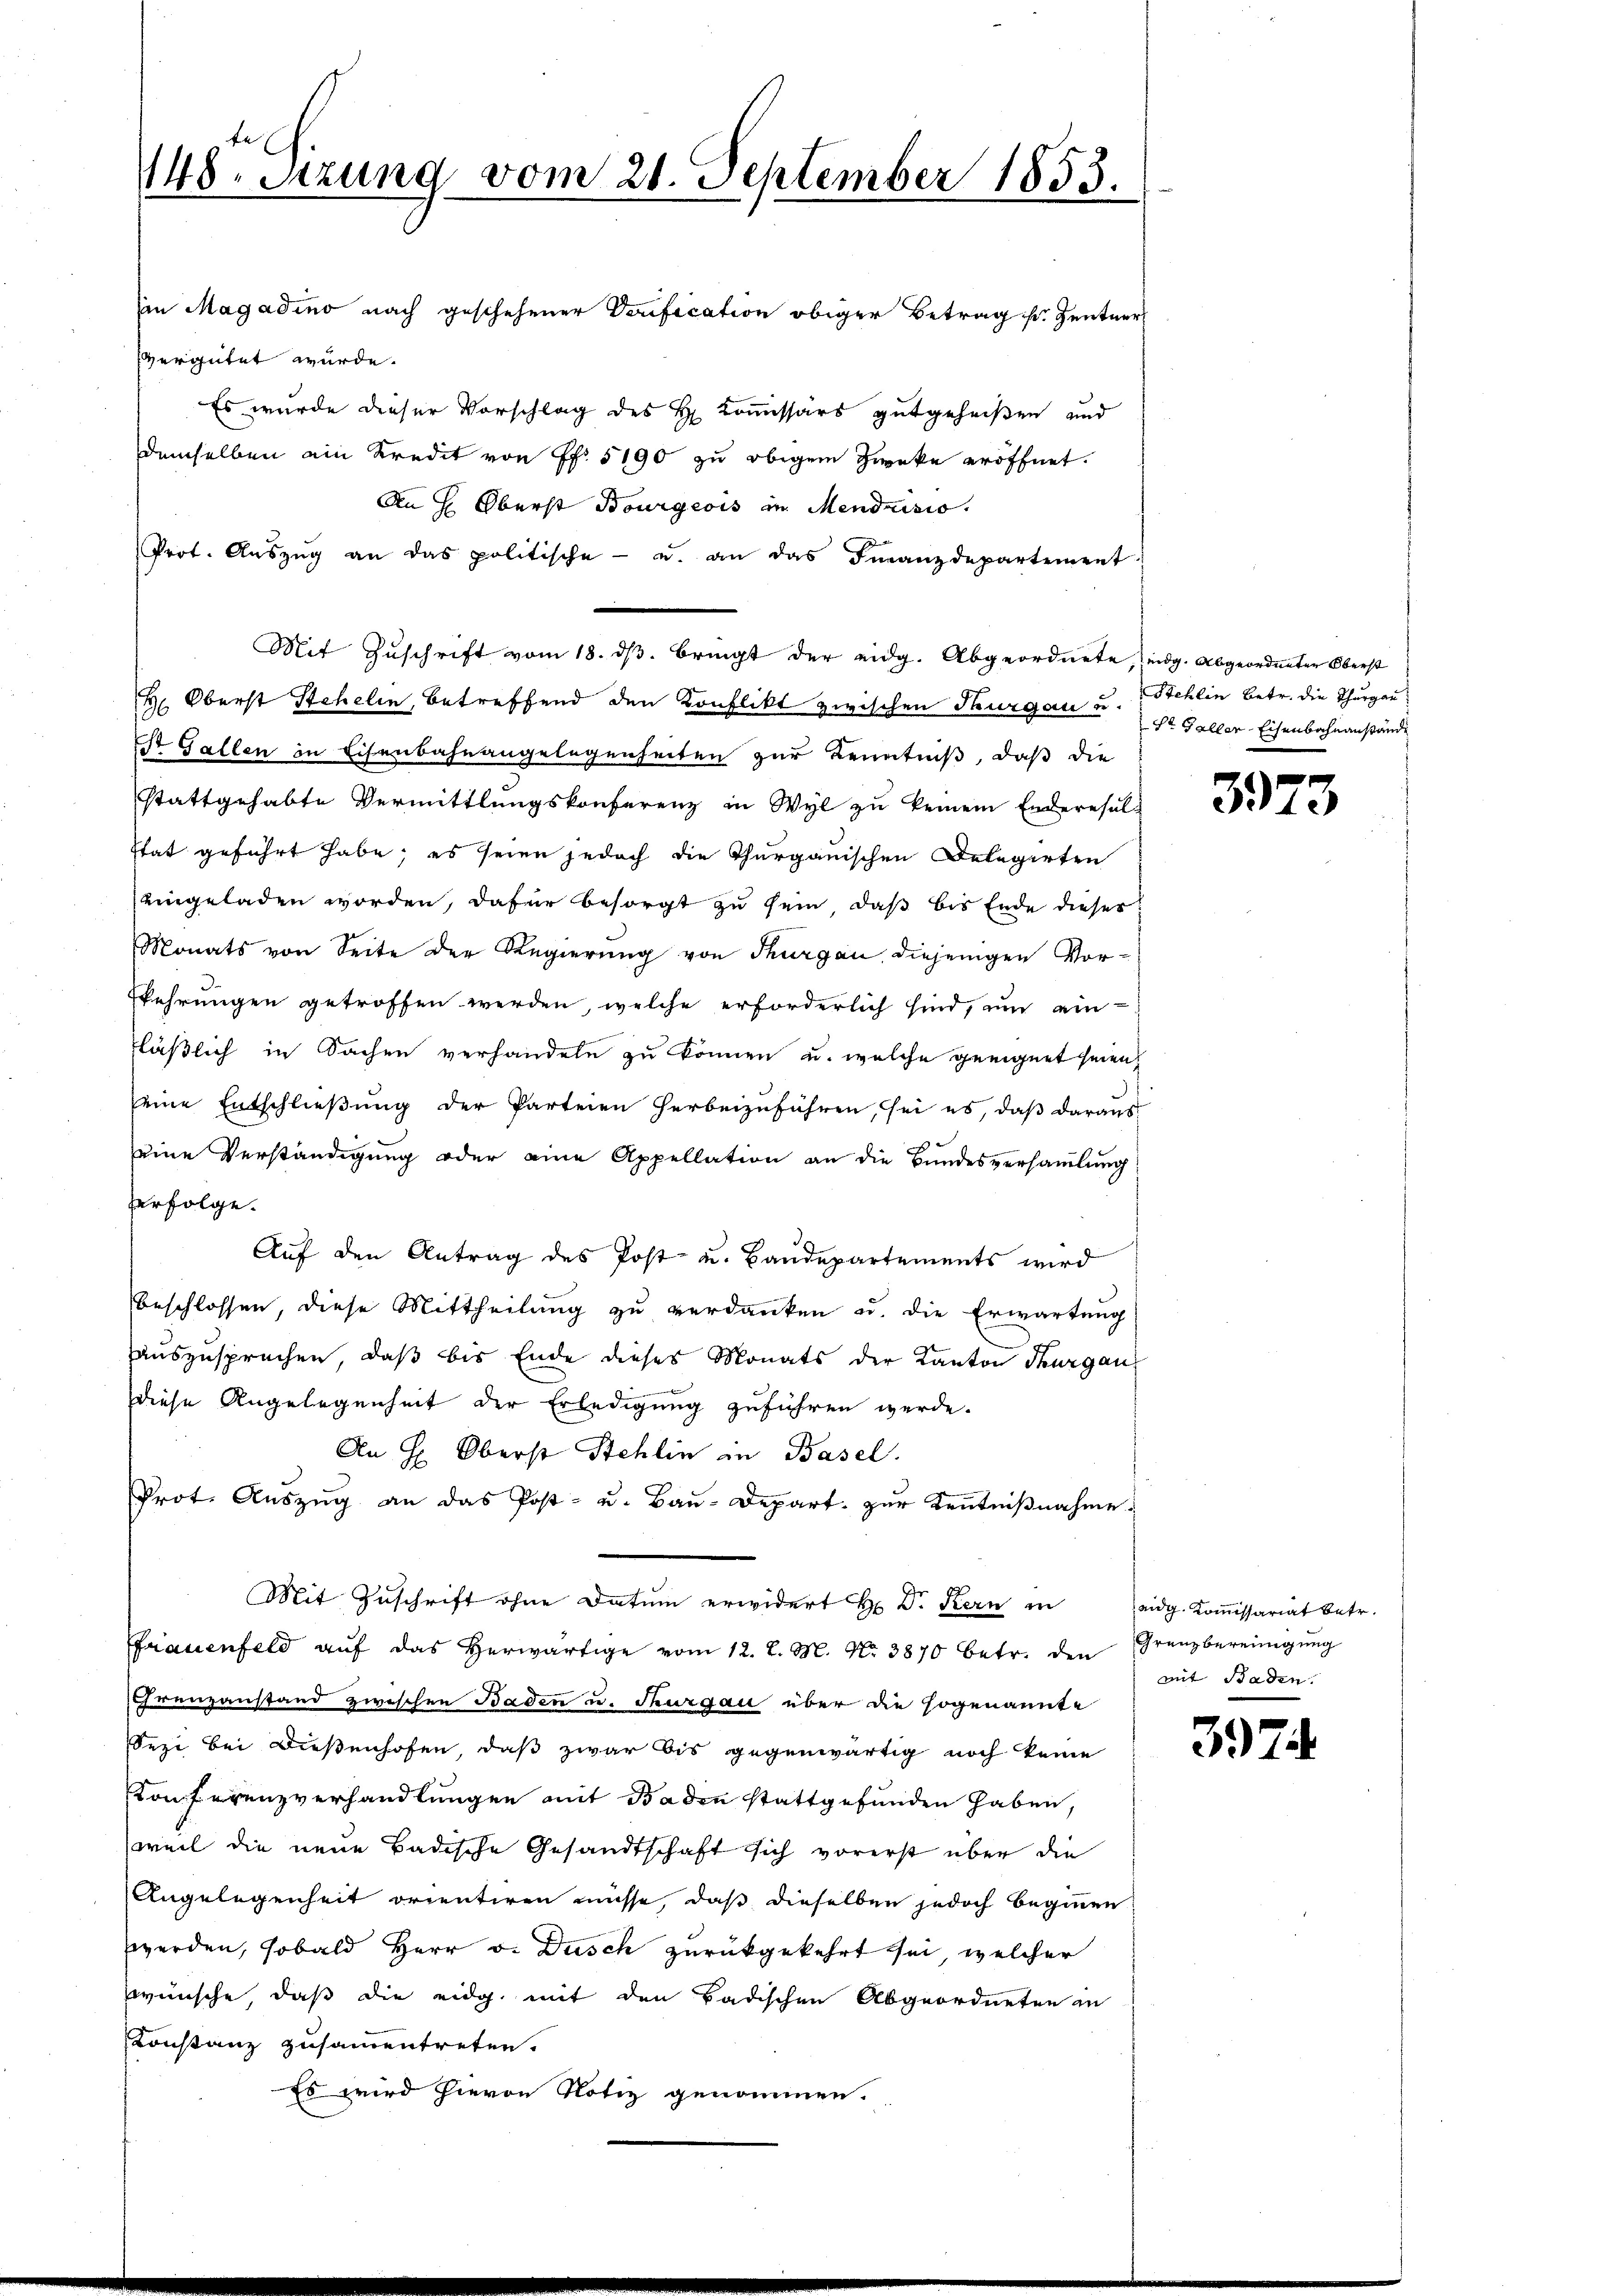
148. Sitzung vom 21. September 1853.

Ein Magadino nach geschehener Donification obiger Betrag sr. Zentner
vergütet würde.
Es wurde dieser Vorschlag des H. Commissärs gutgeheißen und
demselben ein Kredit von Pf. 5190 zu obigem Zwecke eröffnet.
An H. Oberst Bourgeois in Mendusio.
Prot. Aŭszŭg an das politische- u. an das Finanzdepartement
Mit Zuschrift vom 18. ds. bringt der eidg. Abgeordnete, eidg. Abgeordneten Oberst
H. Oberst Stehelin, betreffend den Konflikt zwischen Thurgau u. Stehlin betr. die Thurgau
St. Gallen in Eisenbahnangelegenheiten zur Kenntniß, daß die
stattgehabte Vermittlungskonferenz in Wyl zu keinem Enderesulstat geführt habe; es seien jedoch die Thurgauischen Delegirten
eingeladen worden, dafür besorgt zu sein, daß bis Ende dieser
Monats von Seite der Regierung von Thurgau, diejenigen Vor-
Ekehrungen getroffen werden, welche erforderlich sind, um ein
läßlich in Sachen verhandeln zu können u. welche geeignet seien,
seine Entschließung der Parteien herbeizuführen, sei es, daß daraus
eine Verständigung oder eine Appellation an die Bundesversammlung
erfolge.
Auf den Antrag des Post- u. Baudepartements wird
beschlossen, diese Mittheilŭng zŭ verdanken u. die Erwartung
auszusprechen, daß bis Ende dieses Monats der Kanton Thurgau
Diese Angelegenheit der Erledigung zuführen werde.
An H: Oberst Stehlin an Basel.
Prot. Aŭszŭg an das Post- u. Baŭ-Depart. zŭr Kenntniβnahme.
Mit Zŭschrift ohne Datum erwidert H. Dr. Kern in eidg. Koṁissariat betr.
Ffrauenfeld auf das herwärtige vom 12. l. M. N. 3870 betr. den Grenzbereinigung
Grenzanstand zwischen Baden u. Thurgau über die sogenannte
Sezi bei Dießenhofen, daß zwar bis gegenwärtig noch keine
Konferenzverhandlungen mit Baden stattgefunden haben,
weil die neue Badische Gesandtschaft sich vorerst über die
Angelegenheit orientiren müsse, daß dieselben jedoch beginnen
werden, sobald Herr v. Dusch zurückgekehrt sei, welcher
zwünsche, daß die eidg. mit den Badischen Abgeordneten in
Konstanz zusammentreten.
Es wird hievon Notiz genommen.

St. Galler-Eisenbahnanstände

3973

mit Baden.

397